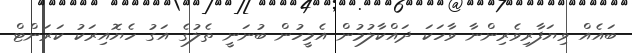
ބައެއް ވިޔަފާރިވެރިންނާ ވާހަކަ ދައްކާލުމުން އެމީހުން ބުނަނީ ތެލުގެ އަގު ހެޔޮއިރަކު ކަރަންޓް